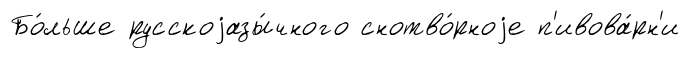
Бо́льше русскоjазы́чного снотво́рноjе п'ивова́рн'и